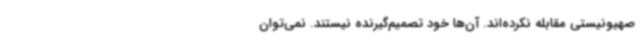
صهیونیستی مقابله نکرده‌اند. آن‌ها خود تصمیم‌گیرنده نیستند. نمی‌توان